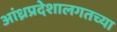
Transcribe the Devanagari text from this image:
आंध्रप्रदेशालगतच्या